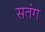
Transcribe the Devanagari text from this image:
सतंग